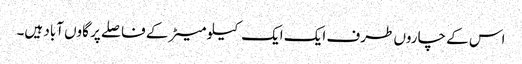
اس کے چاروں طرف ایک ایک کیلو میٹر کے فاصلے پر گاوں آباد ہیں۔